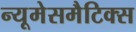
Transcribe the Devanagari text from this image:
न्यूमेसमैटिक्स